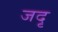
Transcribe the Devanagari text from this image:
जदृ